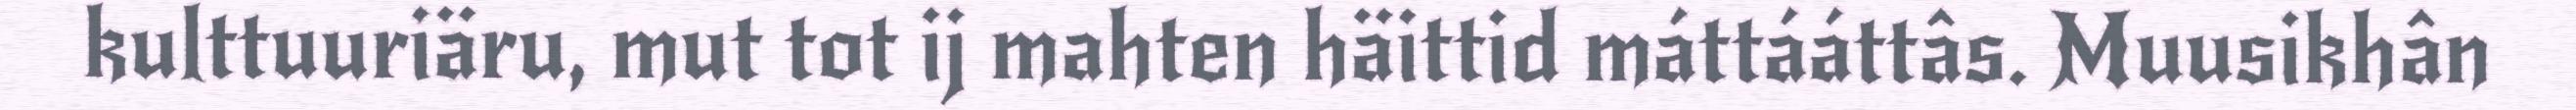
kulttuuriäru, mut tot ij mahten häittid máttááttâs. Muusikhân